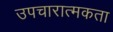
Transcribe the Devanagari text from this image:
उपचारात्मकता